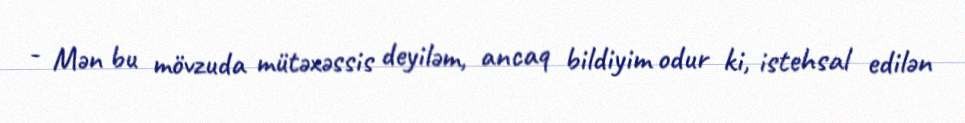
- Mən bu mövzuda mütəxəssis deyiləm, ancaq bildiyim odur ki, istehsal edilən